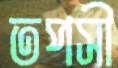
তপসী